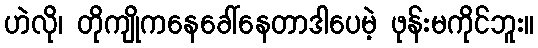
ဟဲလို၊ တိုကျိုကနေခေါ်နေတာဒါပေမဲ့ ဖုန်းမကိုင်ဘူး။